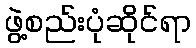
ဖွဲ့စည်းပုံဆိုင်ရာ